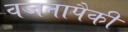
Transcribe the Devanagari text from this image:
वजनापैकी